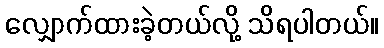
လျှောက်ထားခဲ့တယ်လို့ သိရပါတယ်။